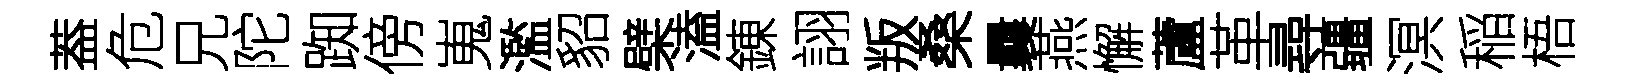
葢危兄陀踟傍嵬濫貂檗溘錬詡叛桑曩燕懈蘆革尋疆溟稲梧